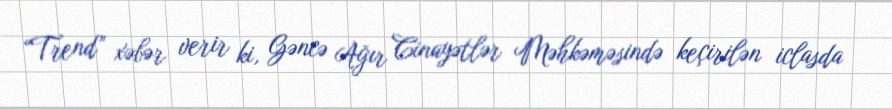
“Trend” xəbər verir ki, Gəncə Ağır Cinayətlər Məhkəməsində keçirilən iclasda